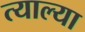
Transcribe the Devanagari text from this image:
त्याल्या